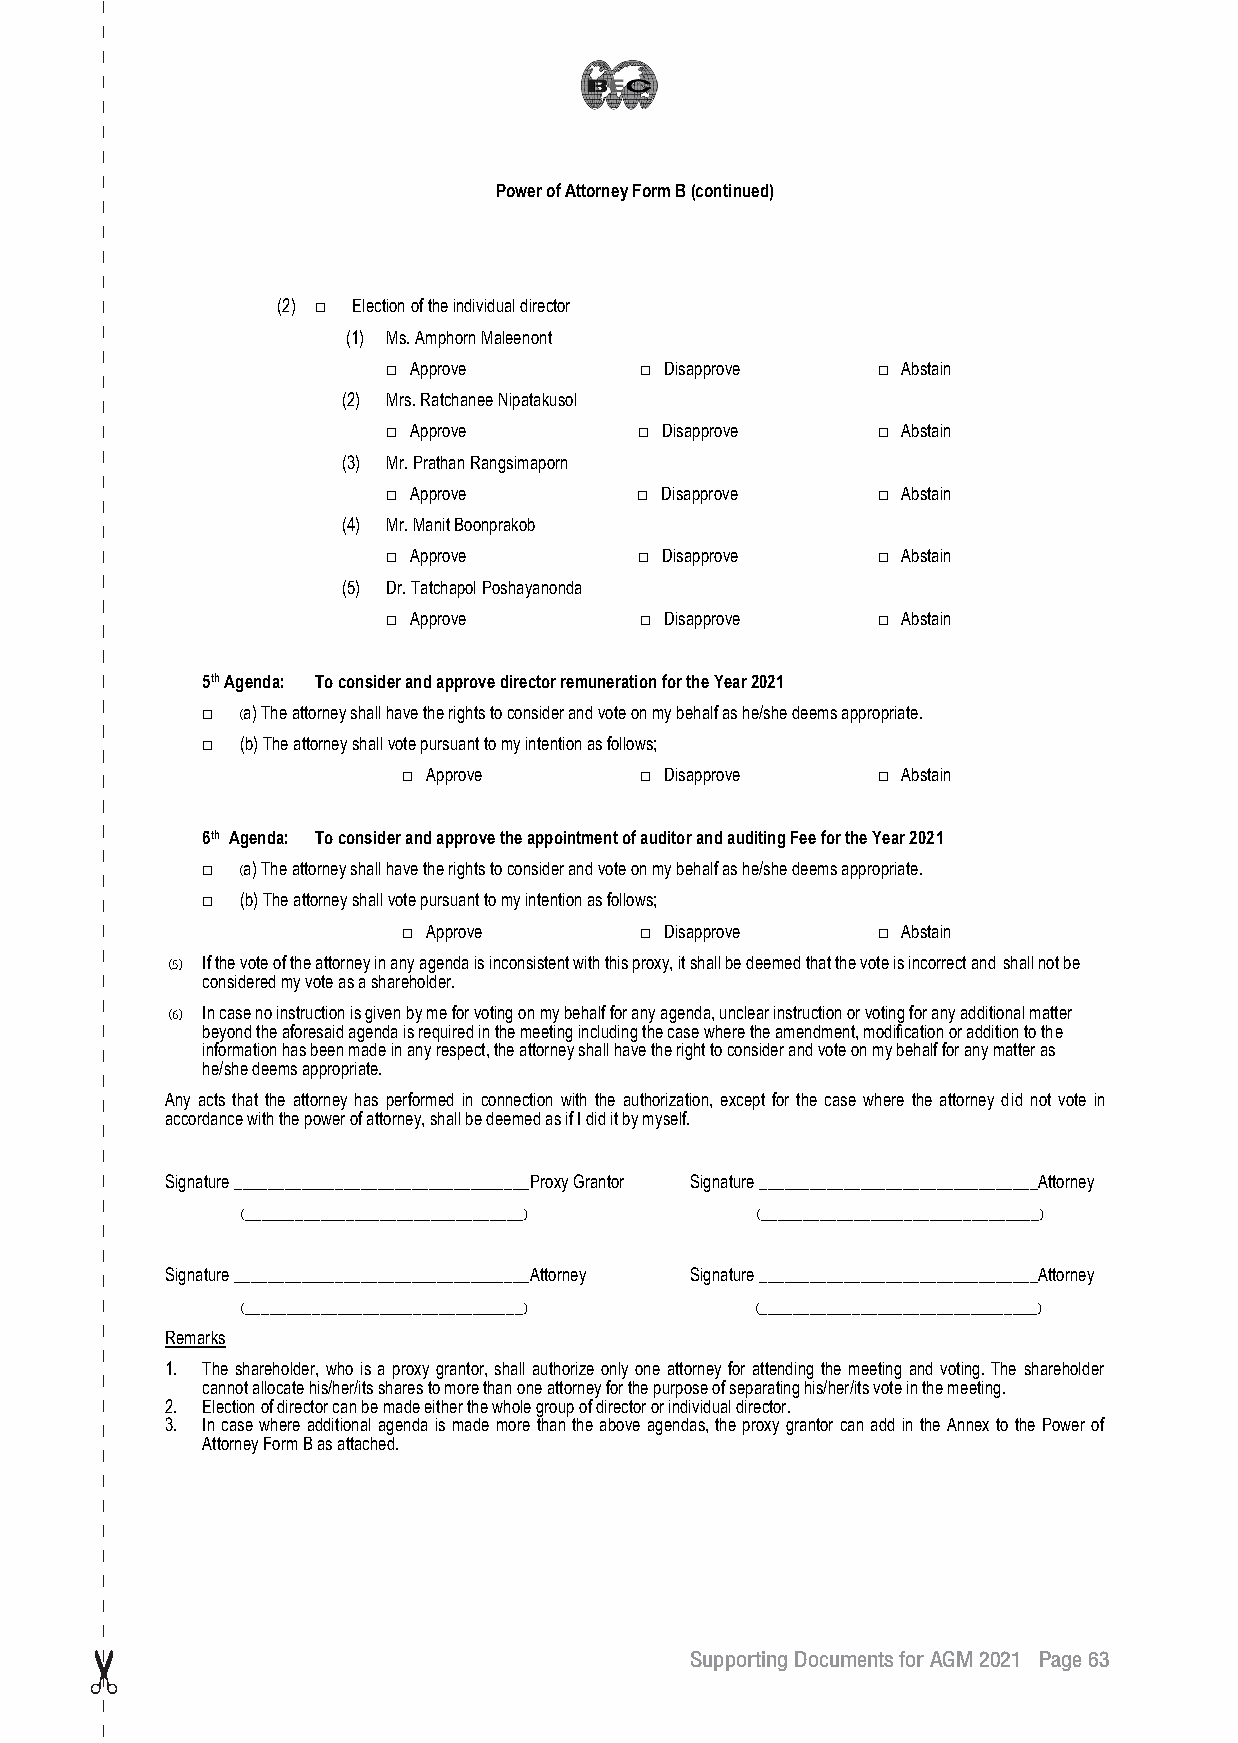
Power of Attorney Form B (continued)
 (2) □ Election of the individual director
 (1) Ms. Amphorn Maleenont
 □ Approve        □ Disapprove    □ Abstain
 (2) Mrs. Ratchanee Nipatakusol
 □ Approve        □ Disapprove    □ Abstain
 (3) Mr. Prathan Rangsimaporn
 □ Approve        □ Disapprove    □ Abstain
 (4) Mr. Manit Boonprakob
 □ Approve        □ Disapprove    □ Abstain
 (5) Dr. Tatchapol Poshayanonda
 □ Approve        □ Disapprove    □ Abstain
 5th Agenda: To consider and approve director remuneration for the Year 2021
 □  (a) The attorney shall have the rights to consider and vote on my behalf as he/she deems appropriate.
 □  (b) The attorney shall vote pursuant to my intention as follows;
 □ Approve       □ Disapprove    □ Abstain
 6th Agenda: To consider and approve the appointment of auditor and auditing Fee for the Year 2021
 □  (a) The attorney shall have the rights to consider and vote on my behalf as he/she deems appropriate.
 □  (b) The attorney shall vote pursuant to my intention as follows;
 □ Approve       □ Disapprove    □ Abstain
 (5) If the vote of the attorney in any agenda is inconsistent with this proxy, it shall be deemed that the vote is incorrect and shall not be
 considered my vote as a shareholder.
 (6) In case no instruction is given by me for voting on my behalf for any agenda, unclear instruction or voting for any additional matter
 beyond the aforesaid agenda is required in the meeting including the case where the amendment, modification or addition to the
 information has been made in any respect, the attorney shall have the right to consider and vote on my behalf for any matter as
 he/she deems appropriate.
 Any acts that the attorney has performed in connection with the authorization, except for the case where the attorney did not vote in
 accordance with the power of attorney, shall be deemed as if I did it by myself.
 Signature ___________________________________Proxy Grantor Signature _________________________________Attorney
 (_________________________________) (_________________________________)
 Signature ___________________________________Attorney Signature _________________________________Attorney
 (_________________________________) (_________________________________)
 Remarks
 1. The shareholder, who is a proxy grantor, shall authorize only one attorney for attending the meeting and voting. The shareholder
 cannot allocate his/her/its shares to more than one attorney for the purpose of separating his/her/its vote in the meeting.
 2. Election of director can be made either the whole group of director or individual director.
 3. In case where additional agenda is made more than the above agendas, the proxy grantor can add in the Annex to the Power of
 Attorney Form B as attached.
 Supporting Documents for AGM 2021 Page 63
 64
 __2211--00330011 BBEECC EEnngg22..iinndddd 6633                          11//44//22556644 BBEE 1133::1155